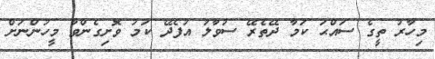
މިހާރު ތީގެ ސައްޙަ ކަމާ ދޭތެރޭ ސުވާލު އުފެދޭ ކަމު ވޮށިގެންވާ މީހުންނަށް